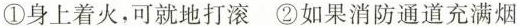
①身上着火，可就地打滚 ②如果消防通道充满烟